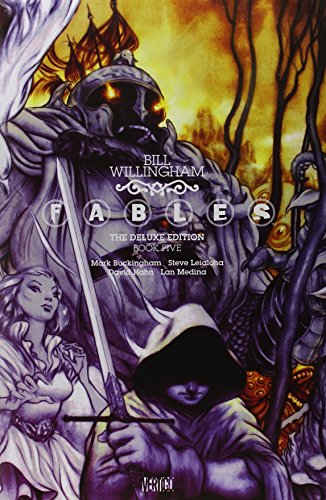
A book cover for Fables: The Deluxe Edition Book Five; Bill Willingham; Comics & Graphic Novels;